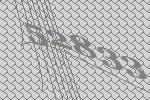
52833